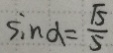
\sin \alpha = \frac { \sqrt { 5 } } { 5 }